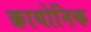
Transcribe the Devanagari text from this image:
क्रायोनिक